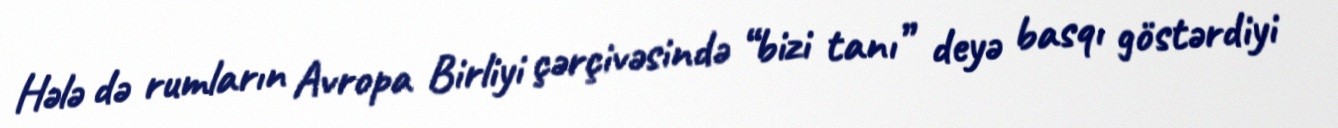
Hələ də rumların Avropa Birliyi çərçivəsində “bizi tanı” deyə basqı göstərdiyi